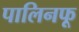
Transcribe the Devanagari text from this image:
पालिनफू